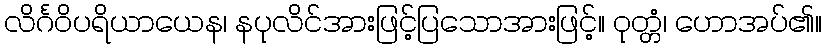
လိင်္ဂဝိပရိယာယေန၊ နပုလိင်အားဖြင့်ပြသောအားဖြင့်။ ဝုတ္တံ၊ ဟောအပ်၏။